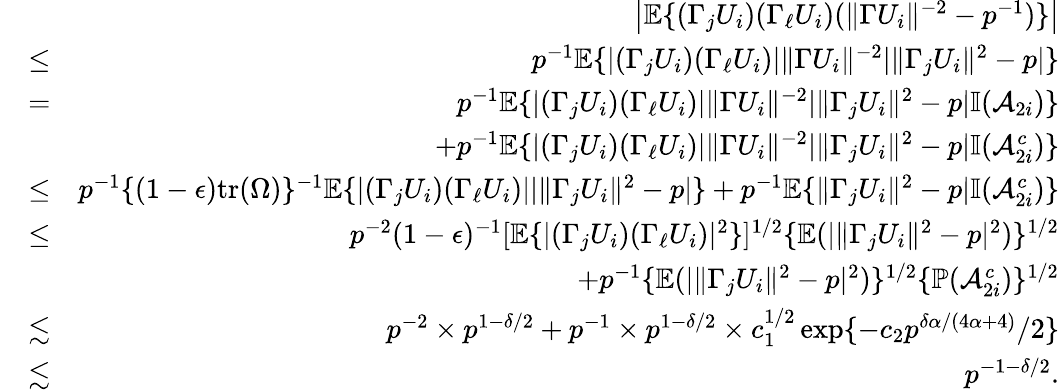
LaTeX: \begin{array}{rlr}&{}&{\left|{\mathbb{E}}\{ (\Gamma_{j}U_{i})(\Gamma_{\ell}U_{i})(\| \Gamma U_{i}\| ^{-2}-p^{-1})\} \right|}\\ &{\leq}&{p^{-1}{\mathbb{E}}\{ |(\Gamma_{j}U_{i})(\Gamma_{\ell}U_{i})|\| \Gamma U_{i}\| ^{-2}|\| \Gamma_{j}U_{i}\| ^{2}-p|\} }\\ &{=}&{p^{-1}{\mathbb{E}}\{ |(\Gamma_{j}U_{i})(\Gamma_{\ell}U_{i})|\| \Gamma U_{i}\| ^{-2}|\| \Gamma_{j}U_{i}\| ^{2}-p|{\mathbb{I}}(\mathcal{A}_{2i})\} }\\ &{}&{+p^{-1}{\mathbb{E}}\{ |(\Gamma_{j}U_{i})(\Gamma_{\ell}U_{i})|\| \Gamma U_{i}\| ^{-2}|\| \Gamma_{j}U_{i}\| ^{2}-p|{\mathbb{I}}(\mathcal{A}_{2i}^{c})\} }\\ &{\leq}&{p^{-1}\{ (1-\epsilon)\mathrm{tr}(\Omega)\} ^{-1}{\mathbb{E}}\{ |(\Gamma_{j}U_{i})(\Gamma_{\ell}U_{i})||\| \Gamma_{j}U_{i}\| ^{2}-p|\} +p^{-1}{\mathbb{E}}\{ \| \Gamma_{j}U_{i}\| ^{2}-p|{\mathbb{I}}(\mathcal{A}_{2i}^{c})\} }\\ &{\leq}&{p^{-2}(1-\epsilon)^{-1}[{\mathbb{E}}\{ |(\Gamma_{j}U_{i})(\Gamma_{\ell}U_{i})|^{2}\} ]^{1/2}\{ {\mathbb{E}}(|\| \Gamma_{j}U_{i}\| ^{2}-p|^{2})\} ^{1/2}}\\ &{}&{+p^{-1}\{ {\mathbb{E}}(|\| \Gamma_{j}U_{i}\| ^{2}-p|^{2})\} ^{1/2}\{ {\mathbb{P}}(\mathcal{A}_{2i}^{c})\} ^{1/2}}\\ &{\lesssim}&{p^{-2}\times p^{1-\delta/2}+p^{-1}\times p^{1-\delta/2}\times c_{1}^{1/2}\exp\{ -c_{2}p^{\delta\alpha/(4\alpha+4)}/2\} }\\ &{\lesssim}&{p^{-1-\delta/2}.}\end{array}